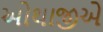
ઓથાજીએ